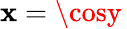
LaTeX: \mathbf{x}=\cosy\,